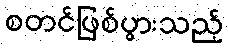
စတင်ဖြစ်ပွားသည့်